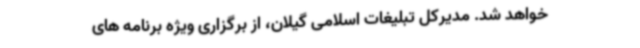
خواهد شد. مدیرکل تبلیغات اسلامی گیلان، از برگزاری ویژه برنامه های